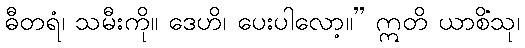
ဓီတရံ၊ သမီးကို။ ဒေဟိ၊ ပေးပါလော့။” ဣတိ ယာစိံသု၊